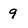
Character: 9